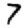
Digit: 7